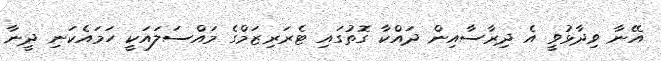
އޭނާ ވިދާޅުވީ އެ ދިރާސާއިން ދައްކާ ގޮތުގައި ޓެރަރިޒަމްގެ މައްސަލައަކީ ހަމައެކަނި ދީނާ